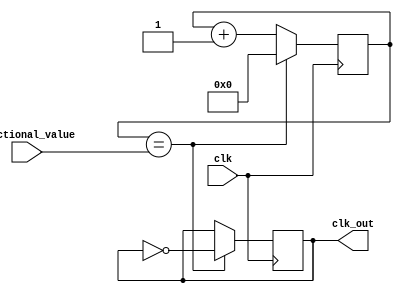
module fractional_clock_divider (
    input wire clk,
    input wire [7:0] fractional_value,
    output reg clk_out
);

reg [7:0] counter;

always @ (posedge clk) begin
    if (counter == fractional_value) begin
        counter <= 0;
        clk_out <= ~clk_out;
    end else begin
        counter <= counter + 1;
    end
end

endmodule